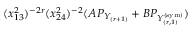
( x _ { 1 3 } ^ { 2 } ) ^ { - 2 r } ( x _ { 2 4 } ^ { 2 } ) ^ { - 2 } ( A P _ { Y _ { ( r + 1 ) } } + B P _ { Y _ { ( r , 1 ) } ^ { ( \mathrm { s y m } ) } } )